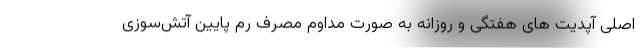
اصلی آپدیت های هفتگی و روزانه به صورت مداوم مصرف رم پایین آتش‌سوزی